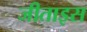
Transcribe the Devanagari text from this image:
जीताइस